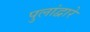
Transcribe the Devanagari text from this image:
पुलांद्वारे